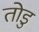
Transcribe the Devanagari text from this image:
तोडु